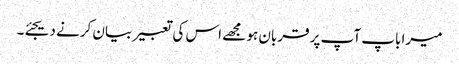
میرا باپ آپ پر قربان ہو مجھے اس کی تعبیر بیان کرنے دیجئے۔